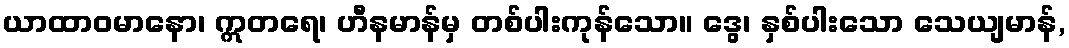
ယာထာဝမာနော၊ ဣတရေ၊ ဟီနမာန်မှ တစ်ပါးကုန်သော။ ဒွေ၊ နှစ်ပါးသော သေယျမာန်,